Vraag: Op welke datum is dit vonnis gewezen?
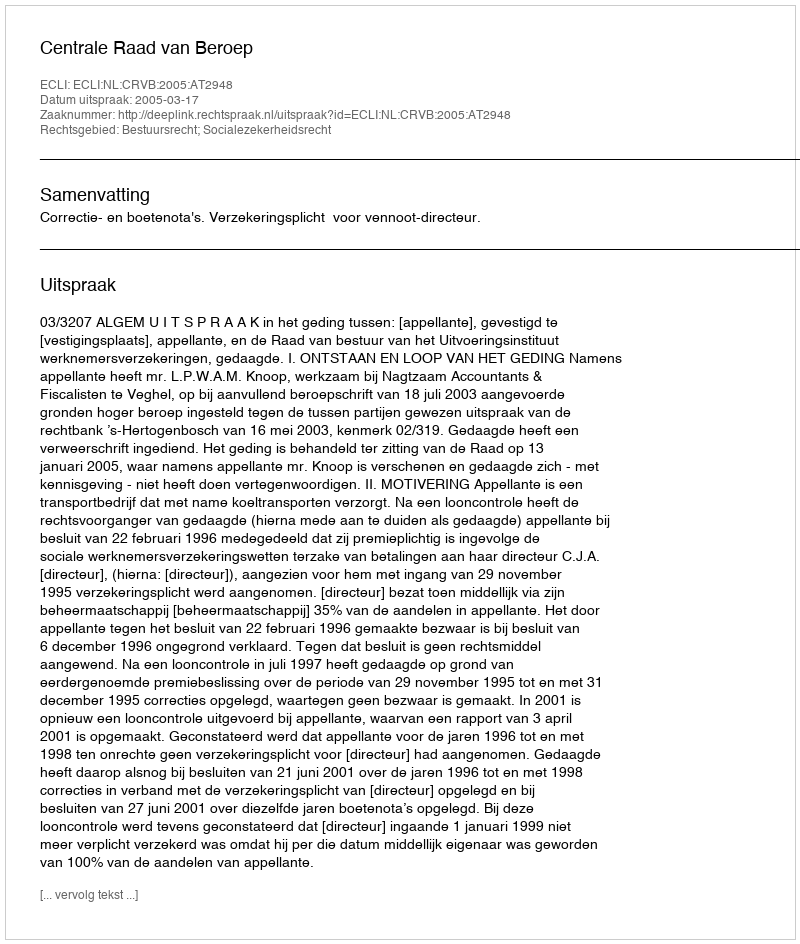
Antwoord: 2005-03-17